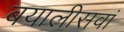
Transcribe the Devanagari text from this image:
बयालीसवां